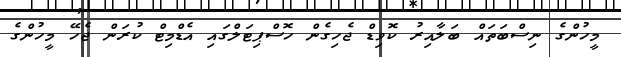
މީހުންގެ ނިސްބަތައް ބަލާއިރު ކޮވިޑް ޖެހިގެން ހޮސްޕިޓަލްގައި އެޑްމިޓް ކުރަން ޖެހޭ މީހުންގެ